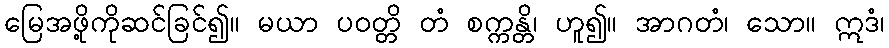
မြေအဖို့ကိုဆင်ခြင်၍။ မယာ ပဝတ္တိ တံ စက္ကန္တိ၊ ဟူ၍။ အာဂတံ၊ သော။ ဣဒံ၊